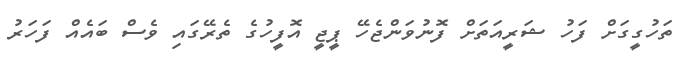
ތަހުގީގަށް ފަހު ޝަރީއަތަށް ފޮނުވަންޖެހޭ ޕީޖީ އޮފީހުގެ ތެރޭގައި ވެސް ބައެއް ފަހަރު